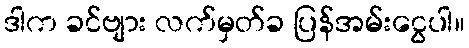
ဒါက ခင်ဗျား လက်မှတ်ခ ပြန်အမ်းငွေပါ။